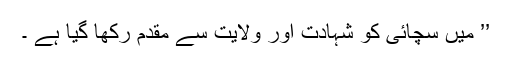
’’ میں سچائی کو شہادت اور ولایت سے مقدم رکھا گیا ہے ۔